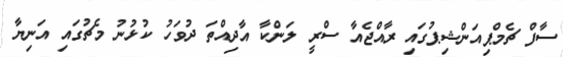
ސާފް ޗެމްޕިއަންޝިޕުގައި ރާއްޖެއާ ސްރީ ލަންކާ އާދިއްތަ ދުވަހު ކުޅުނު މެޗުގައި އަނިޔާ